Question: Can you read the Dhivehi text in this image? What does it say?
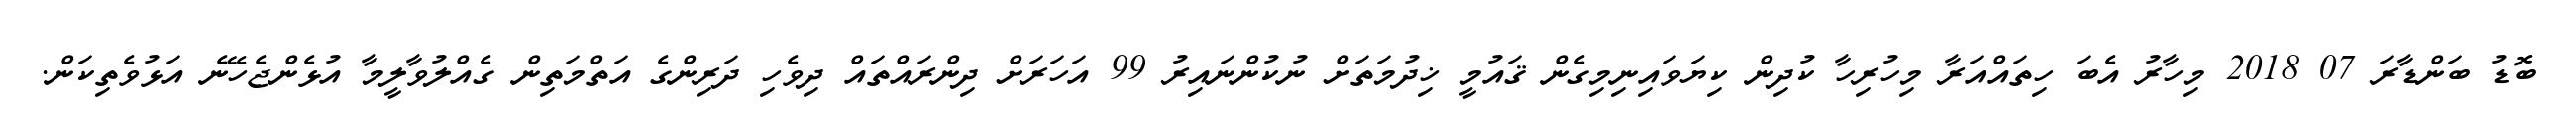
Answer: ބޮޑު ބަންޑާރަ 07 2018 މިހާރު އެބަ ހިތައްއަރާ މިހުރިހާ ކުދިން ކިޔަވައިނިމިގެން ޤައުމީ ޚިދުމަތަށް ނުކުންނައިރު 99 އަހަރަށް ދިންރައްތައް ދިވެހި ދަރިންގެ އަތްމަތިން ގެއްލުވާލީމާ އުޅެންޖެހޭނެ އަޅުވެތިކަން.